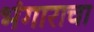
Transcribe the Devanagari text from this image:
भंगाराचा